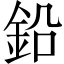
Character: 鉛